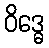
ဝိဒ္ဓေ